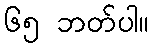
၆၅ ဘတ်ပါ။